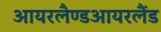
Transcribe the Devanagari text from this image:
आयरलैण्डआयरलैंड